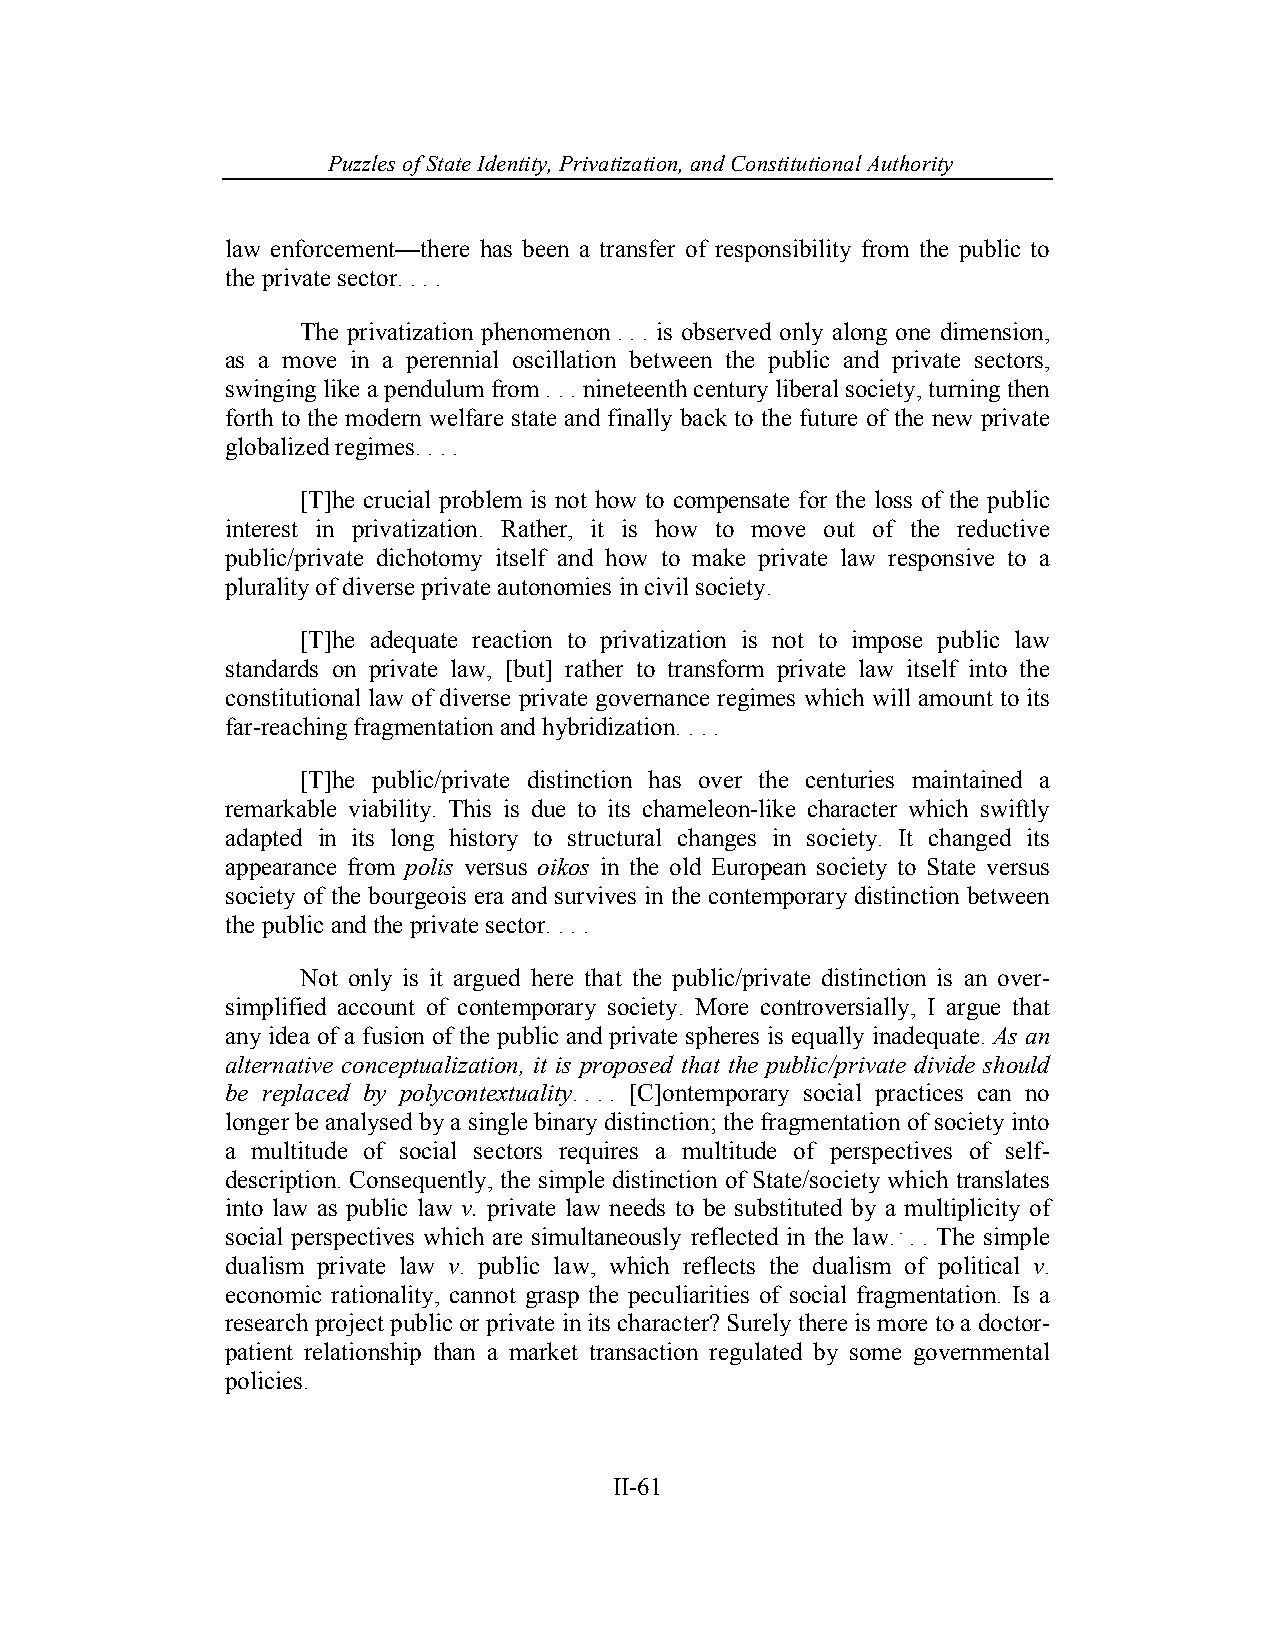
Puzzles of State Identity, Privatiz ation, and Constitutional Authority
 law enforcement—there has been a transfer of responsibility from the public to
 the private sector. . . .
 The privatization phenomenon . . . is observed only along one dimension,
 as a move in a perennial oscillation between the public and private sectors,
 swinging like a pendulum from . . . nineteenth century liberal society, turning then
 forth to the modern welfare state and finally back to the future of the new private
 globalized regimes. . . .
 [T]he crucial problem is not how to compensate for the loss of the public
 interest in privatization. Rather, it is how to move out of the reductive
 public/private dichotomy itself and how to make private law responsive to a
 plurality of diverse private autonomies in civil society.
 [T]he adequate reaction to privatization is not to impose public law
 standards on private law, [but] rather to transform private law itself into the
 constitutional law of diverse private governance regimes which will amount to its
 far-reaching fragmentation and hybridization. . . .
 [T]he public/private distinction has over the centuries maintained a
 remarkable viability. This is due to its chameleon-like character which swiftly
 adapted in its long history to structural changes in society. It changed its
 appearance from polis versus oikos in the old European society to State versus
 society of the bourgeois era and survives in the contemporary distinction between
 the public and the private sector. . . .
 Not only is it argued here that the public/private distinction is an over-
 simplified account of contemporary society. More controversially, I argue that
 any idea of a fusion of the public and private spheres is equally inadequate. As an
 alternative conceptualization, it is proposed that the public/private divide should
 be replaced by polycontextuality. . . . [C]ontemporary social practices can no
 longer be analysed by a single binary distinction; the fragmentation of society into
 a multitude of social sectors requires a multitude of perspectives of self-
 description. Consequently, the simple distinction of State/society which translates
 into law as public law v. private law needs to be substituted by a multiplicity of
 social perspectives which are simultaneously reflected in the law. . . . The simple
 dualism private law v. public law, which reflects the dualism of political v.
 economic rationality, cannot grasp the peculiarities of social fragmentation. Is a
 research project public or private in its character? Surely there is more to a doctor-
 patient relationship than a market transaction regulated by some governmental
 policies.
 II-61